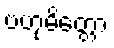
ဗဟုမိတ္တော